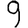
Digit: 9